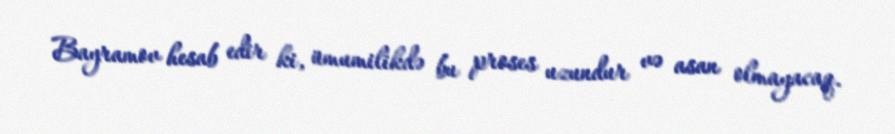
Bayramov hesab edir ki, ümumilikdə bu proses uzundur və asan olmayacaq.